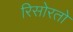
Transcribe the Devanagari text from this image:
रिसोरतो